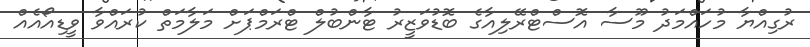
ރުގިއްޔާ މުހައްމަދު މޫސާ އޮސްޓްރޭލިއާގެ ބޮޑުވަޒީރު ޓާންބުލް ޓްރަމްޕަށް މަލާމަތް ކުރައްވާ ވީޑިއޯއެއް